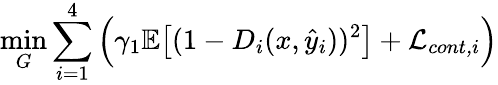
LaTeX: \operatorname*{min}_{G}\sum_{i=1}^{4}\Big(\gamma_{1}\mathbb{E}\big[(1-D_{i}(x,\hat{y}_{i}))^{2}\big]+\mathcal{L}_{\textit{cont,i}}\Big)